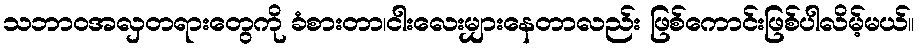
သဘာဝအလှတရားတွေကို ခံစားတာ၊ငါးလေးမျှားနေတာလည်း ဖြစ်ကောင်းဖြစ်ပါလိမ့်မယ်။